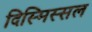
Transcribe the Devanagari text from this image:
दिस्मिस्सल